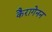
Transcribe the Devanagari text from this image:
कैरागेनन